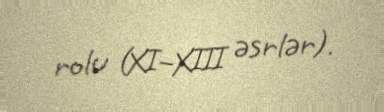
rolu (XI–XIII əsrlər).